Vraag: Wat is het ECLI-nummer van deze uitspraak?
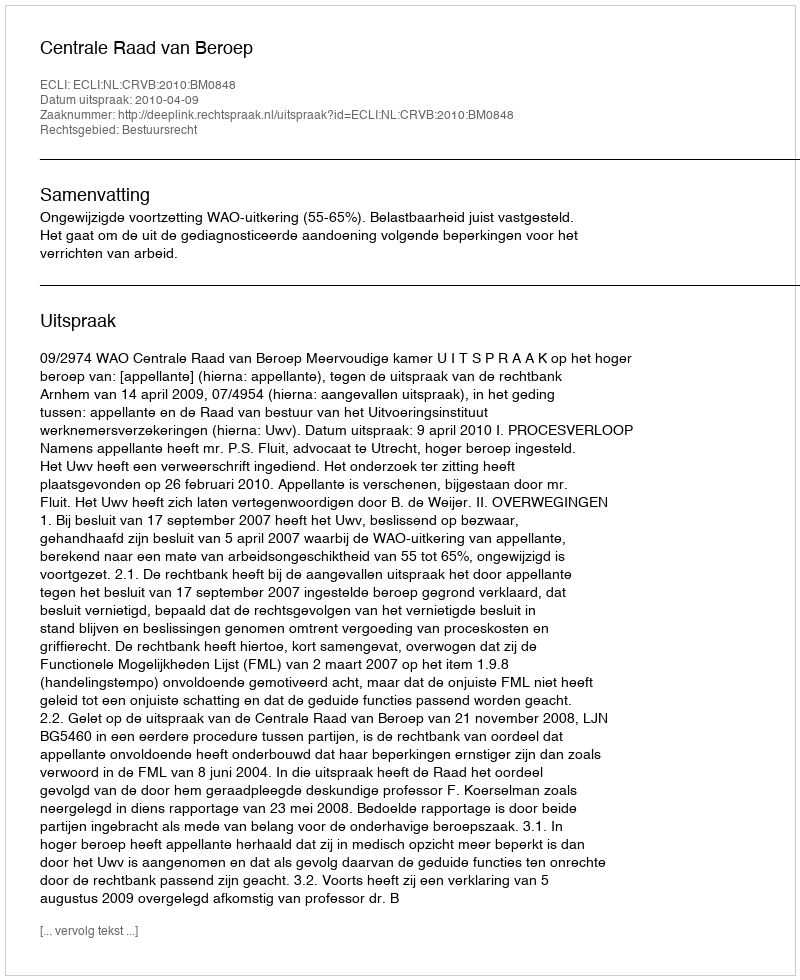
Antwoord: ECLI:NL:CRVB:2010:BM0848